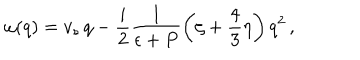
\omega ( q ) = v _ { s } \, q - \frac i 2 \frac 1 { \epsilon + P } \left( \zeta + \frac 4 3 \eta \right) q ^ { 2 } \, ,